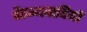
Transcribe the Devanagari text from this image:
चैतन्यवादियों